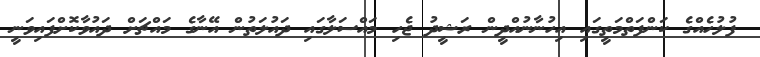
ފުލުހެއްގެ ކަންފަތްމަތީގައި އިހުނާނުއްދީން ރަޝީދު ޖެހި މައްސަލާގައި ދައުލަތުން އޭނާގެ މައްޗަށް ދައުވާކޮށްފައިވަނީ